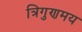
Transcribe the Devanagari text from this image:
त्रिगुणमय